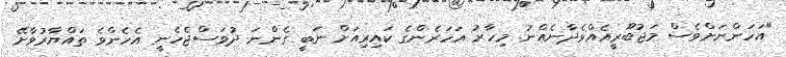
"އަހަންނަށްވެސް މަޖުބޫރީއެއްވެދާނެއްނު. މިހާރު އަހަރެންގެ ކައިރިއަށް ނަބީ ގެންނަ ދުވަސްޖެހެނީ އެހެންވެ ތައްޔާރުވާށޭ